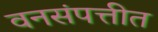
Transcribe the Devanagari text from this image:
वनसंपत्तीत